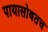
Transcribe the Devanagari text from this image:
पायासोबतच